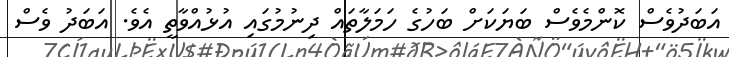
އަބަދުވެސް ކޮންމެވެސް ބަޔަކަށް ބަހުގެ ހަމަލާތައް ދިނުމުގައި އުޅުއްވާތީ އެވެ. އަބަދު ވެސް